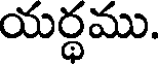
యర్థము.